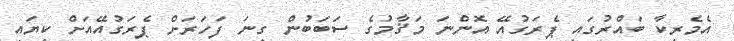
އެމެރިކާ ބައްރުގައި ޕެރަގުއޭ އޮންނަ މަޤާމުގެ ސަބަބުން ގިނަ ފަހަރަށް ޕެރަގުއޭއަށް ކިޔައި